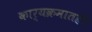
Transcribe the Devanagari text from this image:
कार्यक्रमातही